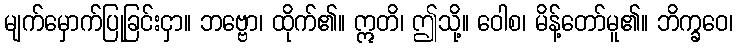
မျက်မှောက်ပြုခြင်းငှာ။ ဘဗ္ဗော၊ ထိုက်၏။ ဣတိ၊ ဤသို့။ ဝေါစ၊ မိန့်တော်မူ၏။ ဘိက္ခဝေ၊